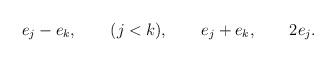
LaTeX: \begin{align*}e_j-e_k,\qquad (j<k), \qquad e_j+e_k, \qquad 2e_j. \end{align*}